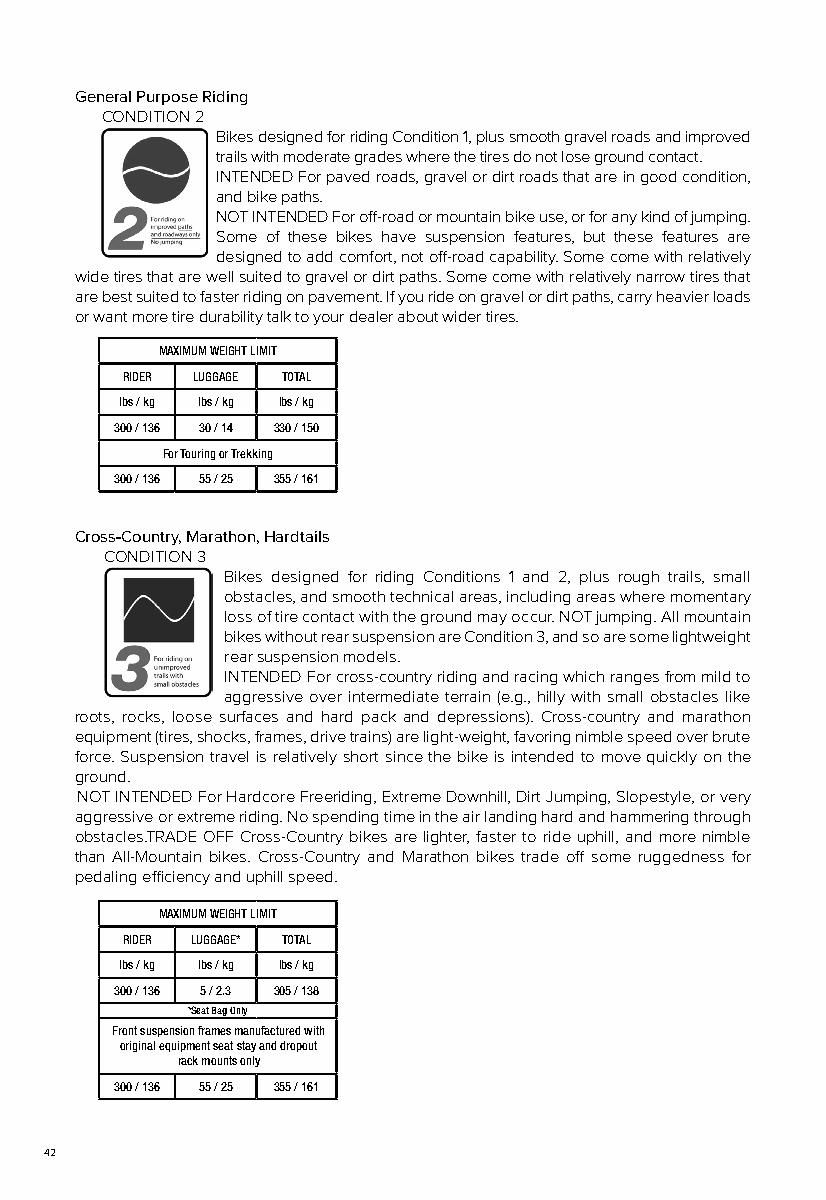
General Purpose Riding
 CONDITION 2
 Bikes designed for riding Condition 1, plus smooth gravel roads and improved
 trails with moderate grades where the tires do not lose ground contact.
 INTENDED For paved roads, gravel or dirt roads that are in good condition,
 and bike paths.
 NOT INTENDED For off-road or mountain bike use, or for any kind of jumping.
 Some of these bikes have suspension features, but these features are
 designed to add comfort, not off-road capability. Some come with relatively
 wide tires that are well suited to gravel or dirt paths. Some come with relatively narrow tires that
 are best suited to faster riding on pavement. If you ride on gravel or dirt paths, carry heavier loads
 or want more tire durability talk to your dealer about wider tires.
 MAXIMUM WEIGHT LIMIT
 RIDER LUGGAGE TOTAL
 lbs / kg lbs / kg lbs / kg
 300 / 136 30 / 14 330 / 150
 For Touring or Trekking
 300 / 136 55 / 25 355 / 161
 Cross-Country, Marathon, Hardtails
 CONDITION 3
 Bikes designed for riding Conditions 1 and 2, plus rough trails, small
 obstacles, and smooth technical areas, including areas where momentary
 loss of tire contact with the ground may occur. NOT jumping. All mountain
 bikes without rear suspension are Condition 3, and so are some lightweight
 rear suspension models.
 INTENDED For cross-country riding and racing which ranges from mild to
 aggressive over intermediate terrain (e.g., hilly with small obstacles like
 roots, rocks, loose surfaces and hard pack and depressions). Cross-country and marathon
 equipment (tires, shocks, frames, drive trains) are light-weight, favoring nimble speed over brute
 force. Suspension travel is relatively short since the bike is intended to move quickly on the
 ground.
 NOT INTENDED For Hardcore Freeriding, Extreme Downhill, Dirt Jumping, Slopestyle, or very
 aggressive or extreme riding. No spending time in the air landing hard and hammering through
 obstacles.TRADE OFF Cross-Country bikes are lighter, faster to ride uphill, and more nimble
 than All-Mountain bikes. Cross-Country and Marathon bikes trade off some ruggedness for
 pedaling efficiency and uphill speed.
 MAXIMUM WEIGHT LIMIT
 RIDER LUGGAGE* TOTAL
 lbs / kg lbs / kg lbs / kg
 300 / 136 5 / 2.3 305 / 138
 *Seat Bag Only
 Front suspension frames manufactured with
 original equipment seat stay and dropout
 rack mounts only
 300 / 136 55 / 25 355 / 161
 42